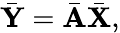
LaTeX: \bar{\mathbf{Y}}=\bar{\mathbf{A}}\bar{\mathbf{X}},